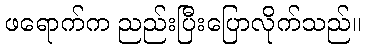
ဖရောက်က ညည်းပြီးပြောလိုက်သည်။